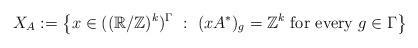
LaTeX: \begin{align*}X_A := \left\{ x \in ((\mathbb{R}/\mathbb{Z})^k)^\Gamma~:~ (xA^*)_g = \mathbb{Z}^k \mbox{ for every } g \in \Gamma\right\}\end{align*}